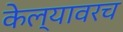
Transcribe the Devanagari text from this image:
केल्यावरच